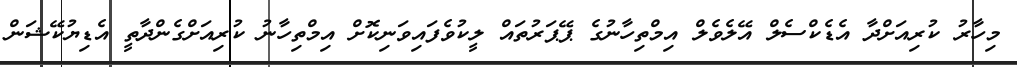
މިހާރު ކުރިއަށްދާ އެޑެކްސެލް އޭލެވެލް އިމްތިހާނުގެ ޕޭޕަރުތައް ލީކުވެފައިވަނިކޮށް އިމްތިހާނު ކުރިއަށްގެންދާތީ އެޑިޔުކޭޝަން